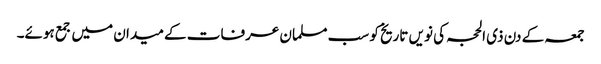
جمعہ کے دن ذی الحجہ کی نویں تاریخ کو سب مسلمان عرفات کے میدان میں جمع ہوئے۔